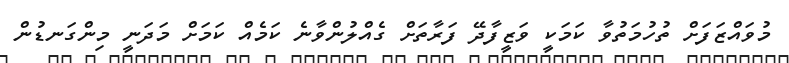
މުވައްޒަފަށް ތުހުމަތުވާ ކަމަކީ ވަޒީފާދޭ ފަރާތަށް ގެއްލުންވާނެ ކަމެއް ކަމަށް މަދަނީ މިންގަނޑުން